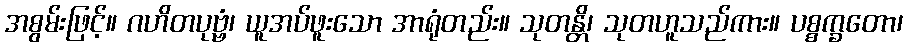
အစွမ်းဖြင့်။ ဂဟိတပုဗ္ဗံ၊ ယူအပ်ဖူးသော အာရုံတည်း။ သုတန္တိ၊ သုတဟူသည်ကား။ ပစ္စက္ခတော၊